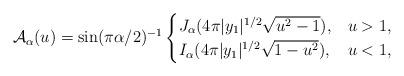
LaTeX: \begin{align*} \mathcal{A}_{\alpha}(u) = \sin(\pi \alpha/2)^{-1} \begin{cases} J_{\alpha}(4\pi |y_1|^{1/2} \sqrt{u^2 - 1}), & u > 1,\\ I_{\alpha}(4\pi |y_1|^{1/2} \sqrt{1-u^2}), & u < 1,\end{cases} \end{align*}